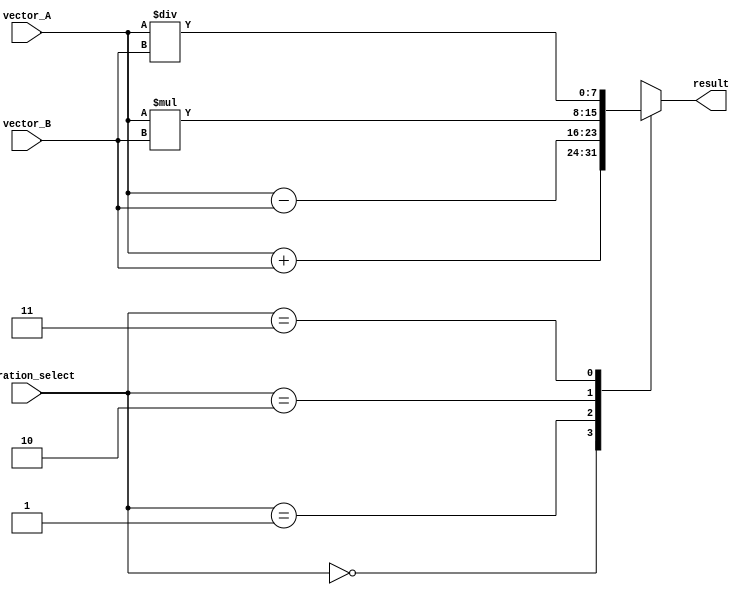
module Vector_ALU(
    input [7:0] vector_A,
    input [7:0] vector_B,
    input [1:0] operation_select,
    output reg [7:0] result
);

always @(*)
begin
    case(operation_select)
        2'b00: result = vector_A + vector_B; // Addition
        2'b01: result = vector_A - vector_B; // Subtraction
        2'b10: result = vector_A * vector_B; // Multiplication
        2'b11: result = vector_A / vector_B; // Division
    endcase
end

endmodule